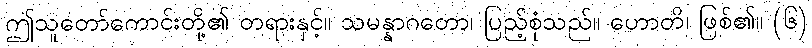
ဤသူတော်ကောင်းတို့၏ တရားနှင့်။ သမန္နာဂတော၊ ပြည့်စုံသည်။ ဟောတိ၊ ဖြစ်၏။ (၆)